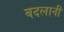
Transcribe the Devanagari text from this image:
बदलानी